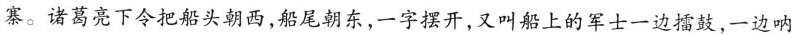
寨。诸葛亮下令把船头朝西，船尾朝东，一字摆开，又叫船上的军士一边擂鼓，一边呐